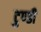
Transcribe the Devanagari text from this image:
टुण्डी